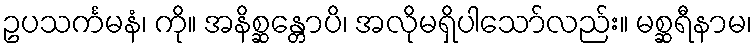
ဥပသင်္ကမနံ၊ ကို။ အနိစ္ဆန္တောပိ၊ အလိုမရှိပါသော်လည်း။ မစ္ဆရီနာမ၊